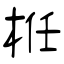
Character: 栣